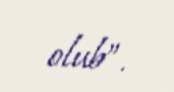
olub”.